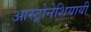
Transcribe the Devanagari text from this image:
आस्ट्रोनेशियायी